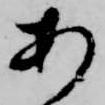
あ